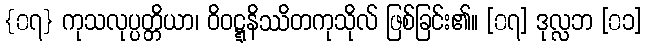
{၀၇} ကုသလုပ္ပတ္တိယာ၊ ဝိဝဋ္ဋနိဿိတကုသိုလ် ဖြစ်ခြင်း၏။ [၀၇] ဒုလ္လဘ [၀၁]